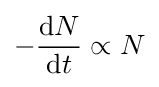
-{\frac {\mathrm {d} N}{\mathrm {d} t}}\propto N